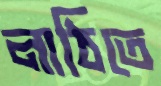
লাঠিতে